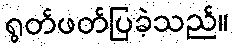
ရွတ်ဖတ်ပြခဲ့သည်။